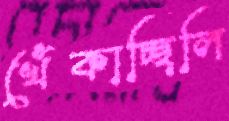
খেঁকাচ্ছিলি